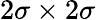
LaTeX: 2\sigma\times 2\sigma